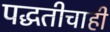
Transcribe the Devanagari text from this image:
पद्धतीचाही